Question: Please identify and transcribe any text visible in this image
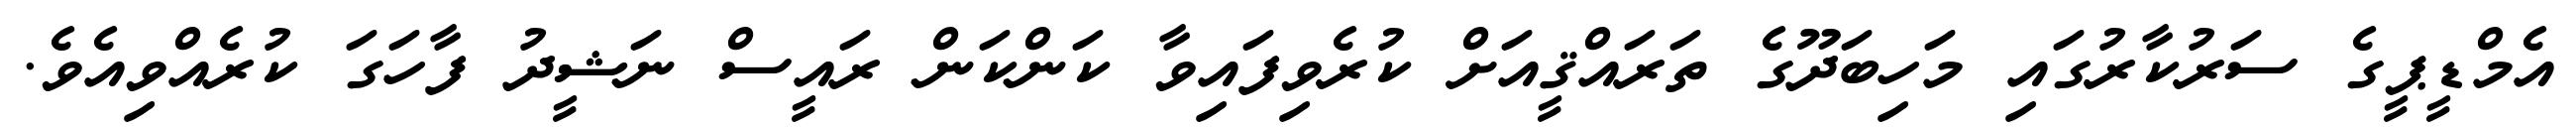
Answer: އެމްޑީޕީގެ ސަރުކާރުގައި މަހިބަދޫގެ ތަރައްޤީއަށް ކުރެވިފައިވާ ކަންކަން ރައީސް ނަޝީދު ފާހަގަ ކުރެއްވިއެވެ.